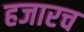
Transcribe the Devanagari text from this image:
हजारच